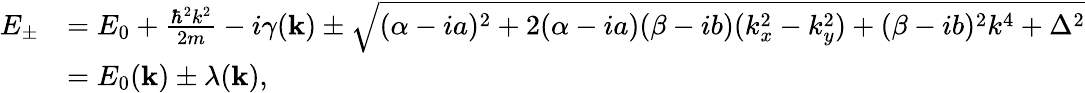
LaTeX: \begin{array}{rl}{E_{\pm}}&{=E_{0}+\frac{\hbar^{2}k^{2}}{2m}-i\gamma(\mathbf{k})\pm\sqrt{(\alpha-ia)^{2}+2(\alpha-ia)(\beta-ib)(k_{x}^{2}-k_{y}^{2})+(\beta-ib)^{2}k^{4}+\Delta^{2}}}\\ &{=E_{0}(\mathbf{k})\pm\lambda(\mathbf{k}),}\end{array}